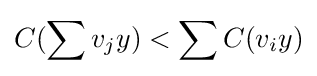
C(\sum v_{j}y)<\sum C(v_{i}y)